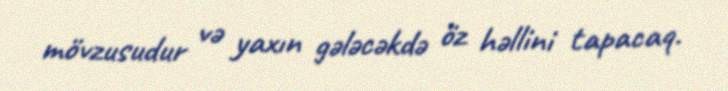
mövzusudur və yaxın gələcəkdə öz həllini tapacaq.